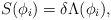
\begin{align*}S(\phi_i)=\delta\Lambda(\phi_i),\end{align*}